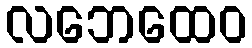
လဘေထေဝ